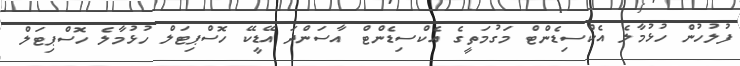
ފުލުހުން ހުޅުމާލެ އެކްސިޑެންޓް މަގުމަތީގެ އެކްސިޑެންޓް އާސަންދަ އޭޑީކޭ ހޮސްޕިޓަލް ހުޅުމާލެ ހޮސްޕިޓަލް